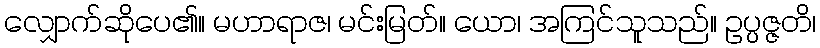
လျှောက်ဆိုပေ၏။ မဟာရာဇ၊ မင်းမြတ်။ ယော၊ အကြင်သူသည်။ ဥပ္ပဇ္ဇတိ၊